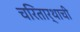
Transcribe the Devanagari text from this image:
चरितार्थाची